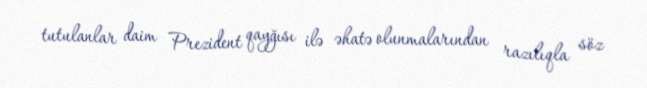
tutulanlar daim Prezident qayğısı ilə əhatə olunmalarından razılıqla söz